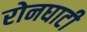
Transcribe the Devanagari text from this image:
रोनघाटी